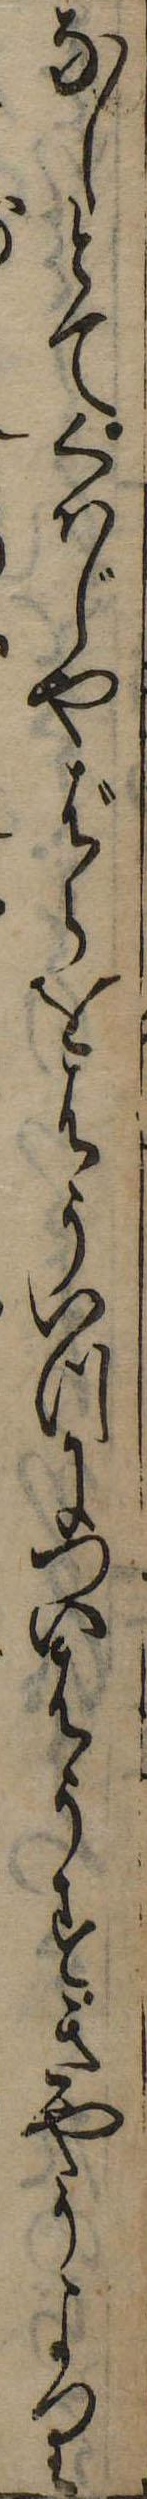
なしとてくはじやばらをはういつについはうすきやうより